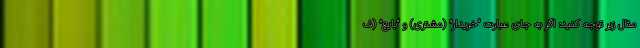
مثال زیر توجه کنید: اگر به جای عبارت “خریدار” (مشتری) و “بایع” (ف